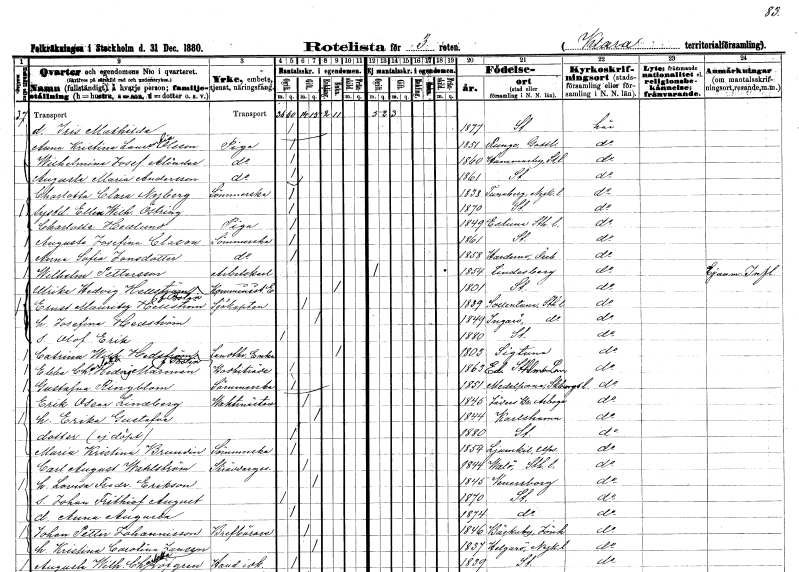
gt_parse: households: individuals: FN: Iris Mathilda
KON: K
CIV: O
FODAR: 1877
FODFORS: Stockholm
FN: Anna Kristina Laurentia
EN: Olsson
YRKE: Piga
KON: K
CIV: O
FODAR: 1851
FODFORS: Bunge Gotlands län
FN: Wilhelmina Josefina
EN: Alinder
YRKE: Piga
KON: K
CIV: O
FODAR: 1860
FODFORS: Hammarby Stockholms län
FN: Augusta Maria
EN: Andersson
YRKE: Piga
KON: K
CIV: O
FODAR: 1861
FODFORS: Stockholm
FN: Charlotta Clara
EN: Nyberg
YRKE: Sömmerska
KON: K
CIV: O
FODAR: 1838
FODFORS: Tunaberg Södermanlands län
FN: Ellen Wilhelmina
EN: Östring
KON: K
CIV: O
FODAR: 1870
FODFORS: Stockholm
FN: Charlotta
EN: Hedlund
YRKE: Piga
KON: K
CIV: O
FODAR: 1849
FODFORS: Estuna Stockholms län
FN: Augusta Josefina
EN: Clason
YRKE: Sömmerska
KON: K
CIV: O
FODAR: 1861
FODFORS: Stockholm
FN: Anna Sofia
EN: Jansdotter
YRKE: Sömmerska
KON: K
CIV: O
FODAR: 1858
FODFORS: Hardemo Örebro län
FN: Wilhelm
EN: Pettersson
YRKE: Arbetskarl
KON: M
CIV: O
FODAR: 1854
FODFORS: Lindesberg Örebro län
FN: Ulrika Hedvig
EN: Hellström Bolin
YRKE: Komministänka
KON: K
CIV: E
FODAR: 1801
FODFORS: Stockholm
FN: Ernst Mauritz
EN: Hellström
YRKE: Sjökapten
KON: M
CIV: G
FODAR: 1839
FODFORS: Sollentuna Stockholms län
FN: Josefina
EN: Hedström
KON: K
CIV: G
FODAR: 1849
FODFORS: Ingarö Stockholms län
FN: Olof Erik
KON: M
CIV: O
FODAR: 1880
FODFORS: Stockholm
FN: Catrina Wilhelmina
EN: Hedström Bolin
YRKE: Lantbrukareänka
KON: K
CIV: E
FODAR: 1803
FODFORS: Sigtuna Stockholms län
FN: Ebba Charlotta Hedvig
EN: Marmén
YRKE: Bodbiträde
KON: K
CIV: O
FODAR: 1863
FODFORS: Ed Stockholms län
FN: Gustafva
EN: Ringblom
YRKE: Sömmerska
KON: K
CIV: O
FODAR: 1851
FODFORS: Medelplana Skaraborgs län
FN: Erik Oscar
EN: Lindberg
YRKE: Vaktmästare
KON: M
CIV: G
FODAR: 1845
FODFORS: Arboga Västmanlands län
FN: Erika Gustafva
KON: K
CIV: G
FODAR: 1844
FODFORS: Karlshamn Blekinge län
KON: K
CIV: O
FODAR: 1880
FODFORS: Stockholm
FN: Maria Kristina
EN: Brundin
YRKE: Sömmerska
KON: K
CIV: O
FODAR: 1854
FODFORS: Jumkil Uppsala län
FN: Carl August
EN: Wahlström
YRKE: Skräddaregesäll
KON: M
CIV: G
FODAR: 1844
FODFORS: Valö Uppsala län
FN: Lovisa Fredrika
EN: Erikson
KON: K
CIV: G
FODAR: 1845
FODFORS: Vänersborg Älvsborgs län
FN: Johan Frithiof August
KON: M
CIV: O
FODAR: 1870
FODFORS: Stockholm
FN: Anna Augusta
KON: K
CIV: O
FODAR: 1874
FODFORS: Stockholm
FN: Johan Petter
EN: Johannisson
YRKE: Brevbärare
KON: M
CIV: G
FODAR: 1846
FODFORS: Bäckaby Jönköpings län
FN: Kristina Carolina
EN: Jansson
KON: K
CIV: G
FODAR: 1837
FODFORS: Helgarö Södermanlands län
FN: Augusta Wilhelmina Charlotta
EN: Löfgren
YRKE: Handelsidkare
KON: K
CIV: O
FODAR: 1839
FODFORS: Stockholm